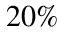
2 0 \%